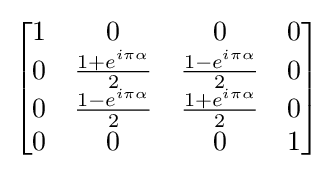
{\begin{bmatrix}1&0&0&0\\0&{\frac {1+e^{i\pi \alpha }}{2}}&{\frac {1-e^{i\pi \alpha }}{2}}&0\\0&{\frac {1-e^{i\pi \alpha }}{2}}&{\frac {1+e^{i\pi \alpha }}{2}}&0\\0&0&0&1\end{bmatrix}}